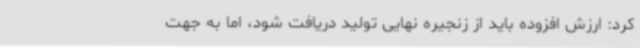
کرد: ارزش افزوده باید از زنجیره نهایی تولید دریافت شود، اما به جهت